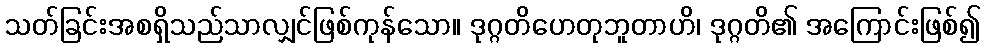
သတ်ခြင်းအစရှိသည်သာလျှင်ဖြစ်ကုန်သော။ ဒုဂ္ဂတိဟေတုဘူတာဟိ၊ ဒုဂ္ဂတိ၏ အကြောင်းဖြစ်၍